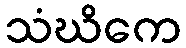
သံဃိကေ